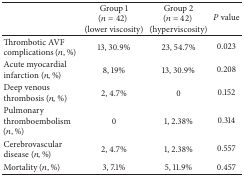
<table><thead><tr><td><b> </b></td><td><b>Group 1 (<i>n</i> = 42) (lower viscosity)</b></td><td><b>Group 2 (<i>n</i> = 42) (hyperviscosity)</b></td><td><b><i>P</i> value</b></td></tr></thead><tbody><tr><td>Thrombotic AVF complications (<i>n</i>, %)</td><td>13, 30.9%</td><td>23, 54.7% </td><td>0.023</td></tr><tr><td>Acute myocardial infarction (<i>n</i>, %)</td><td>8, 19%</td><td>13, 30.9%</td><td>0.208</td></tr><tr><td>Deep venous thrombosis (<i>n</i>, %)</td><td>2, 4.7%</td><td>0</td><td>0.152</td></tr><tr><td>Pulmonary thromboembolism (<i>n</i>, %)</td><td>0</td><td>1, 2.38%</td><td>0.314</td></tr><tr><td>Cerebrovascular disease (<i>n</i>, %)</td><td>2, 4.7%</td><td>1, 2.38%</td><td>0.557</td></tr><tr><td>Mortality (<i>n</i>, %)</td><td>3, 7.1%</td><td>5, 11.9%</td><td>0.457</td></tr></tbody></table>